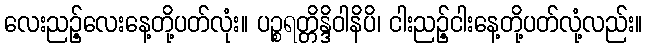
လေးညဉ့်လေးနေ့တို့ပတ်လုံး။ ပဉ္စရတ္တိန္ဒိဝါနိပိ၊ ငါးညဉ့်ငါးနေ့တို့ပတ်လုံ့လည်း။